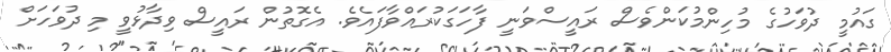
ގައުމީ ދުވަހުގެ މުހިންމުކަންވެސް ރައީސްވަނީ ފާހަގަކުރައްވާފައެވެ. އެގޮތުން ރައީސް ވިދާޅުވީ މި ދުވަހަށް